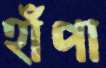
হাঁপা